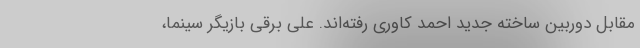
مقابل دوربین ساخته جدید احمد کاوری رفته‌اند. علی برقی بازیگر سینما،